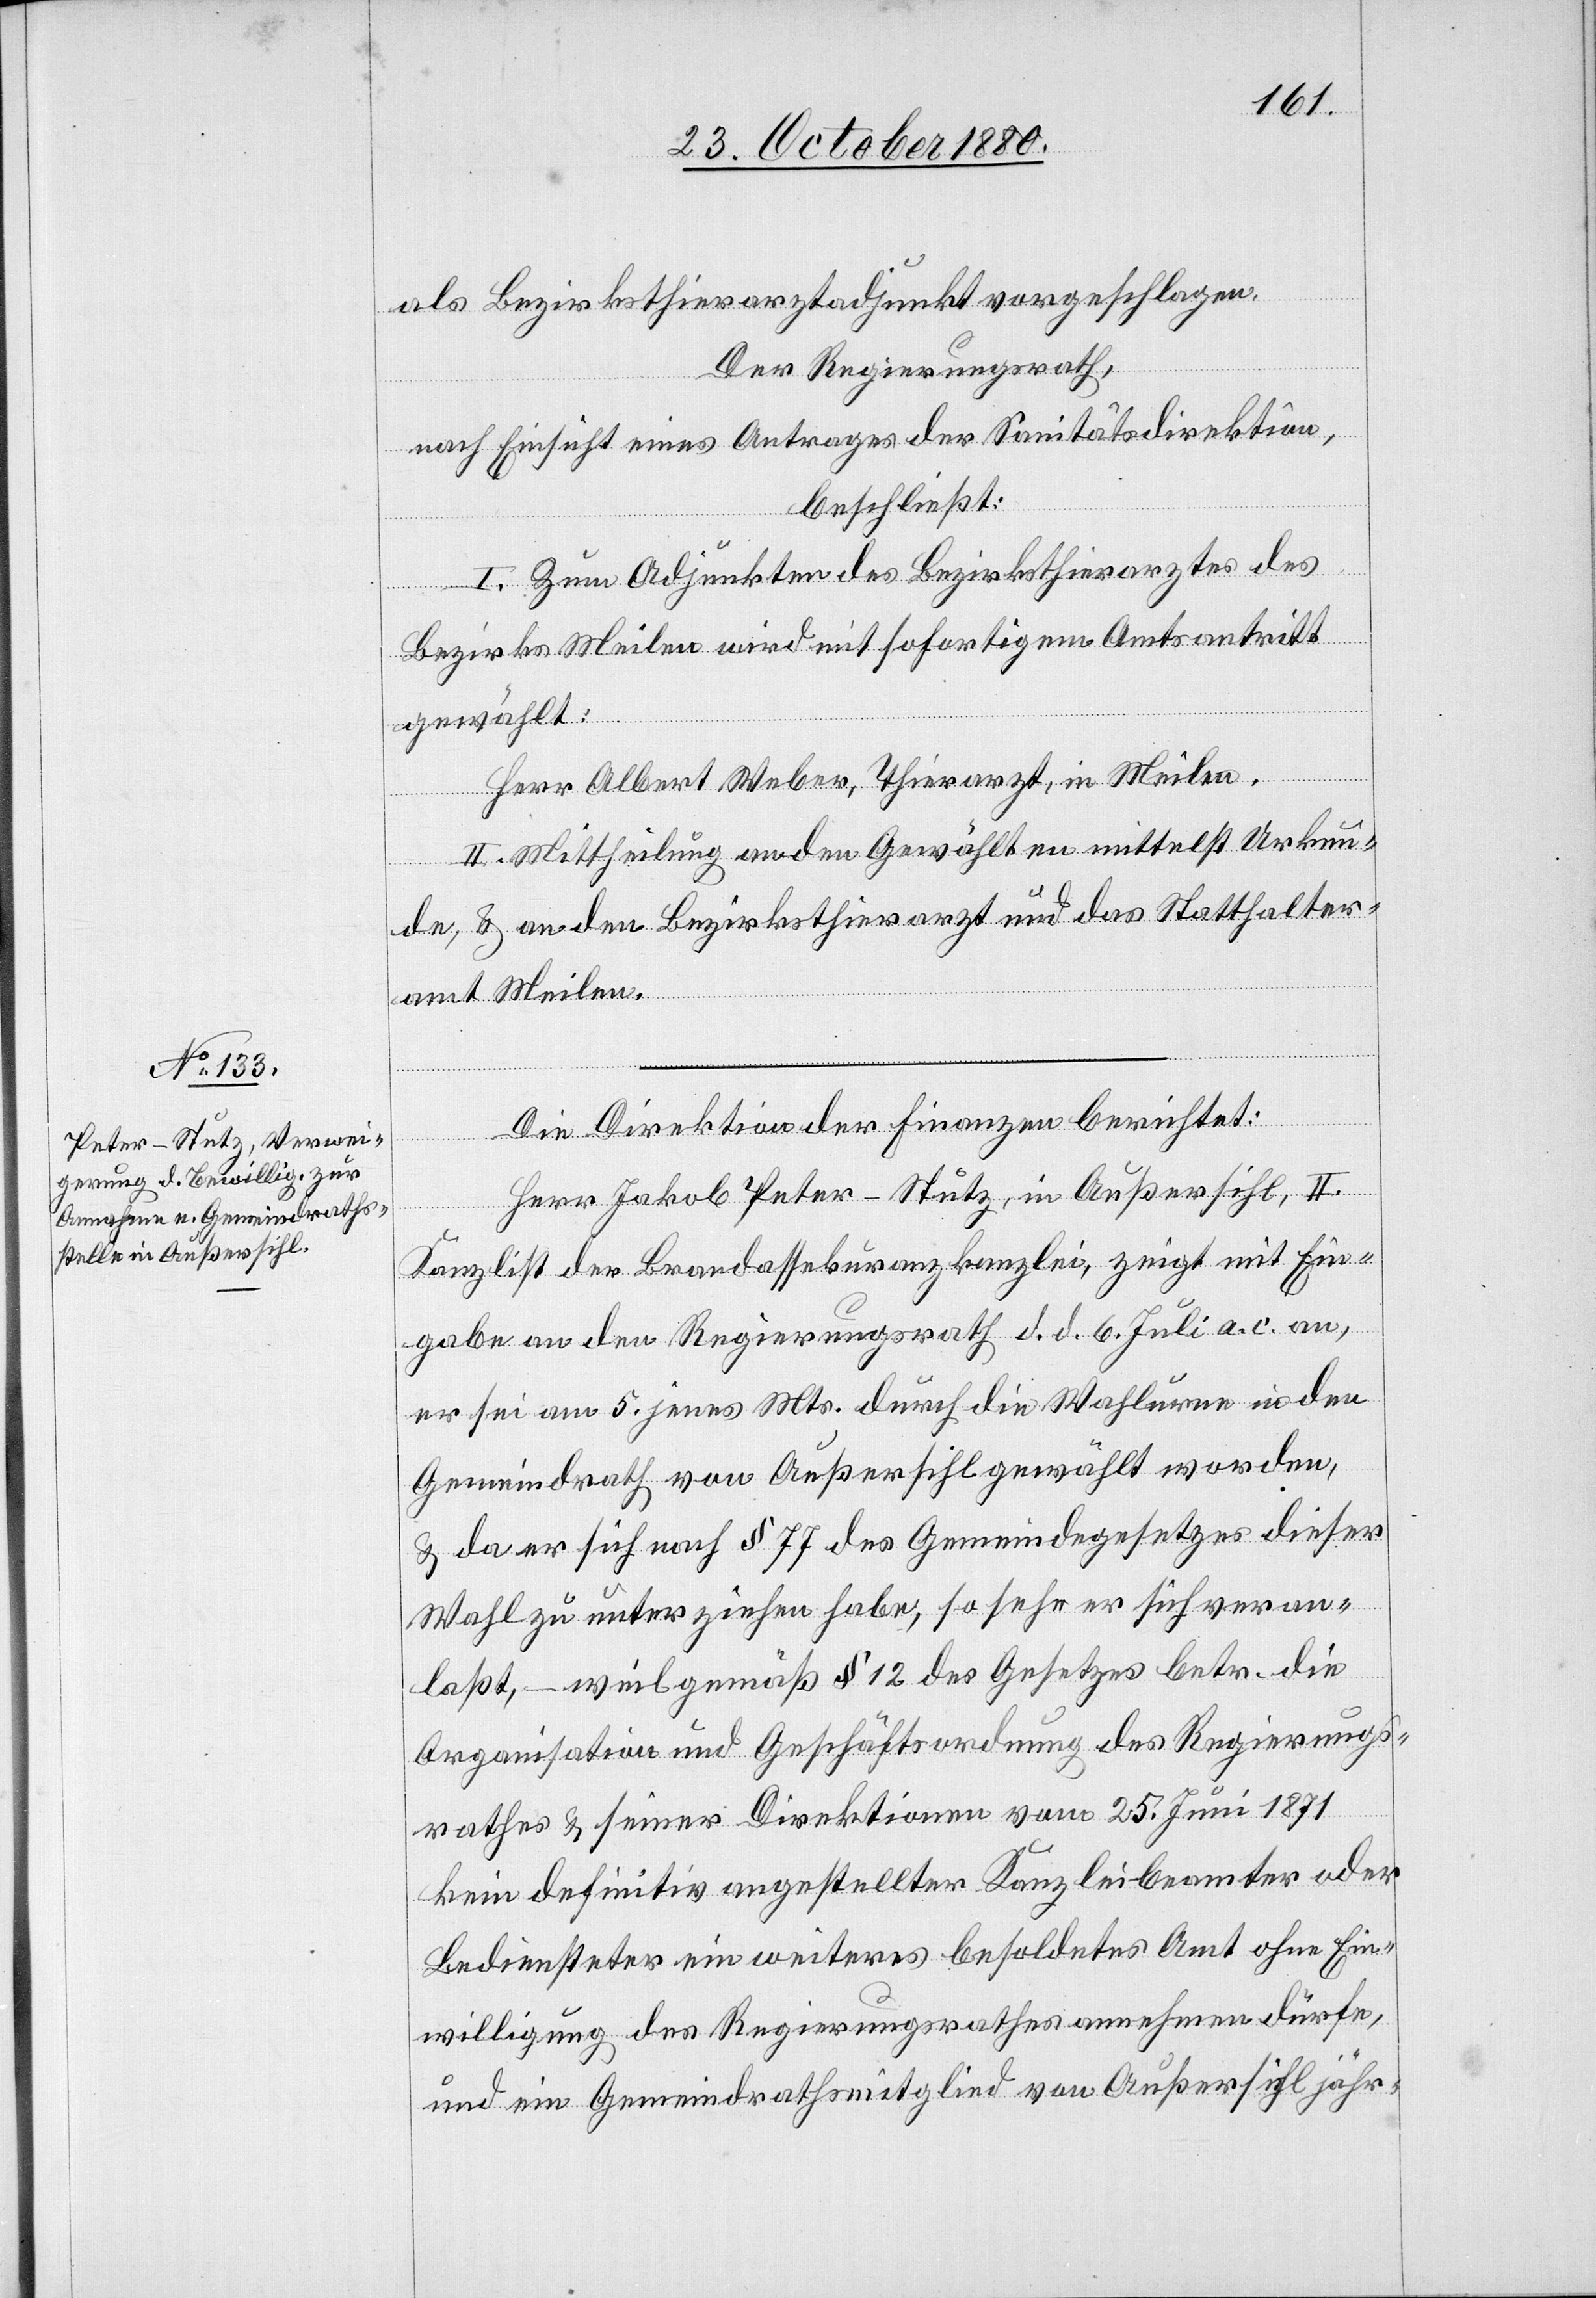
als Bezirksthierarztadjunkt vorgeschlagen.
Der Regierungsrath,
nach Einsicht eines Antrages der Sanitätsdirektion,
beschließt:
I. Zum Adjunkten des Bezirksthierarztes des
Bezirks Meilen wird mit sofortigem Amtsantritt
gewählt:
Herr Albert Weber, Thierarzt, in Meilen.
II. Mittheilung an den Gewählten mittelst Urkun¬
de, & an den Bezirksthierarzt und das Statthalter¬
amt Meilen.
Die Direktion der Finanzen berichtet:
Herr Jakob Peter-Stutz, in Außersihl, II.
Kanzlist der Brandassekuranzkanzlei, zeigt mit Ein¬
gabe an den Regierungsrath d. d. 6. Juli a. c. an,
er sei am 5. jenes Mts. durch die Wahlurne in den
Gemeindrath von Außersihl gewählt worden,
& da er sich nach § 77 des Gemeindegesetzes dieser
Wahl zu unterziehen habe, so sehe er sich veran¬
laßt, – weil gemäß § 12 des Gesetzes betr. die
Organisation und Geschäftsordnung des Regierungs¬
rathes & seiner Direktionen vom 25. Juni 1871
kein definitiv angestellter Kanzleibeamter oder
Bediensteter ein weiteres besoldetes Amt ohne Ein¬
willigung des Regierungsrathes annehmen dürfe,
und ein Gemeindrathsmitglied von Außersihl jähr-